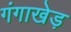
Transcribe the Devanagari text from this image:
गंगाखेड़